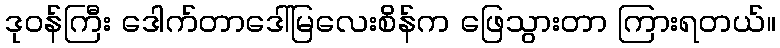
ဒုဝန်ကြီး ဒေါက်တာဒေါ်မြလေးစိန်က ဖြေသွားတာ ကြားရတယ်။